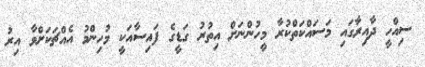
ސިއްހީ ދާއިރާގައި މަސައްކަތްކުރާ މީހުންނަށް އިތުރު ގަޑީގެ ފައިސާއަކީ މުހިންމު އެއްޗަކަށްވާ އިރު